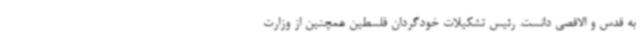
به قدس و الاقصی دانست. رئیس تشکیلات خودگردان فلسطین همچنین از وزارت